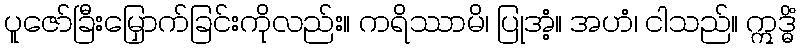
ပူဇော်ခြီးမြှောက်ခြင်းကိုလည်း။ ကရိဿာမိ၊ ပြုအံ့။ အဟံ၊ ငါသည်။ ဣဒ္ဓိံ